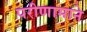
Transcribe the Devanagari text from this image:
परीणामाने